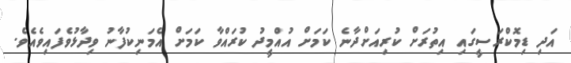
އަދި ޑިމޮކްރަސީގައި އިތުރަށް ކުރިއަށްދާނެ ކަމަށް އުއްމީދު ކުރައްވާ ކަމަށް އެމަނިކުފާނު ވިދާޅުވެފައިވެއެވެ.